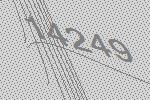
14249